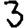
Digit: 3